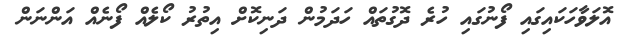
އޮލަވާހަކައިގައި ފޯނުގައި ހުރެ ދޮގުތައް ހަދަމުން ދަނިކޮށް އިތުރު ކޯލެއް ފޯނެއް އަންނަން